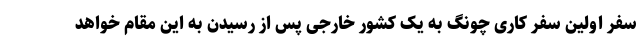
سفر اولین سفر کاری چونگ به یک کشور خارجی پس از رسیدن به این مقام خواهد